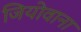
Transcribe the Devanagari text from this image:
जियोवाना